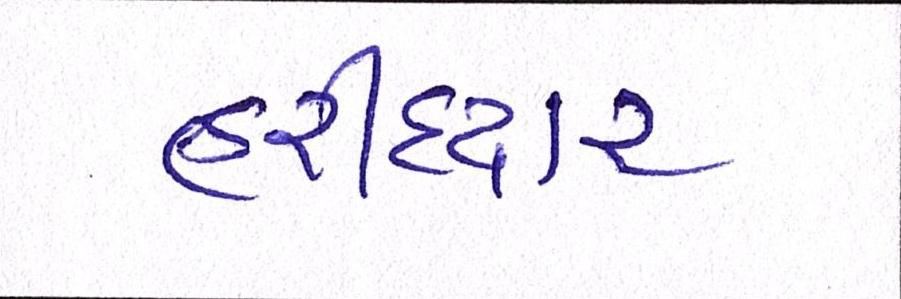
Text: હરીદ્વાર